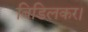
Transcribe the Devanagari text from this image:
बिडिलकर।